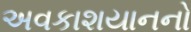
અવકાશયાનનો